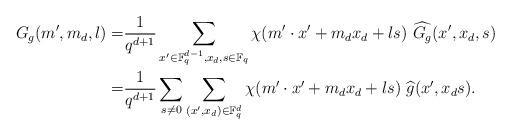
LaTeX: \begin{align*} G_g(m^\prime, m_d, l)=&\frac{1}{q^{d+1}} \sum_{x^\prime\in \mathbb F_q^{d-1}, x_d, s\in \mathbb F_q} \chi(m^\prime \cdot x^\prime+ m_dx_d+ls) ~\widehat{G_g}(x^\prime, x_d, s)\\=& \frac{1}{q^{d+1}} \sum_{s\neq 0} \sum_{(x^\prime, x_d)\in \mathbb F_q^d} \chi(m^\prime \cdot x^\prime+ m_dx_d+ls) ~\widehat{g}(x^\prime, x_d s).\end{align*}